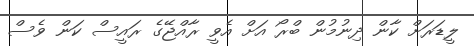
ލީޑަރަށް ކާން ދިނުމުން ބްރޯ އަށް އެވީ ރާއްޖޭގެ ރައީސް ކަން ވެސް